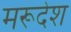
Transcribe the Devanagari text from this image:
मरूदेश